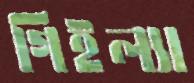
গিইল্যা